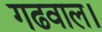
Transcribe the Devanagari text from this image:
गढवाल।